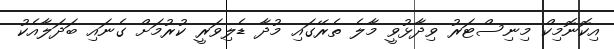
އިކޮނޮމިކް މިނިސްޓަރު ވިދާޅުވީ މާލެ ތެރޭގައި މުދާ ޑެލިވަރީ ކުރުމަށް ގެނައި ބަދަލާއެކު